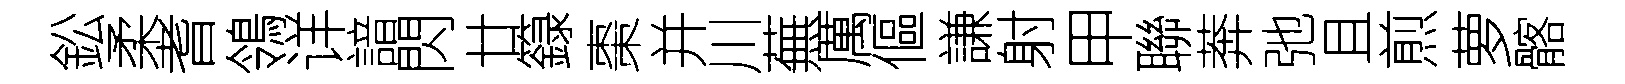
鈆柔耆鴒详諳閃廿籙棗并川蕪厲傴謙射甲聯莾弛且煎萝髂